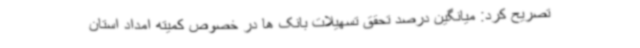
تصریح کرد: میانگین درصد تحقق تسهیلات بانک ها در خصوص کمیته امداد استان